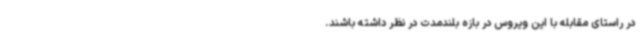
در راستای مقابله با این ویروس در بازه بلندمدت در نظر داشته باشند.